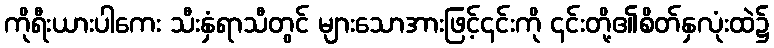
ကိုရီးယားပါကေး သီးနှံရာသီတွင် များသောအားဖြင့်၎င်းကို ၎င်းတို့၏စိတ်နှလုံးထဲ၌